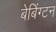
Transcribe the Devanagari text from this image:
बेबिंग्टन